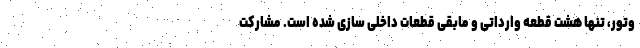
وتور،‌ تنها هشت قطعه وارداتی و مابقی قطعات داخلی سازی شده است. مشارکت